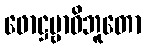
ဖောဋ္ဌဗ္ဗာဓိဘူတော